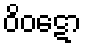
ဝိဝဋော